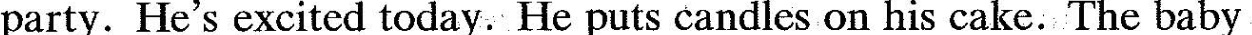
party. He's excited today. He puts candles on his cake. The baby